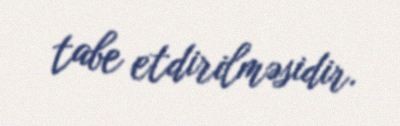
tabe etdirilməsidir.